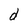
Character: O